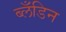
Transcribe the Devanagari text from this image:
ब्लँडिन